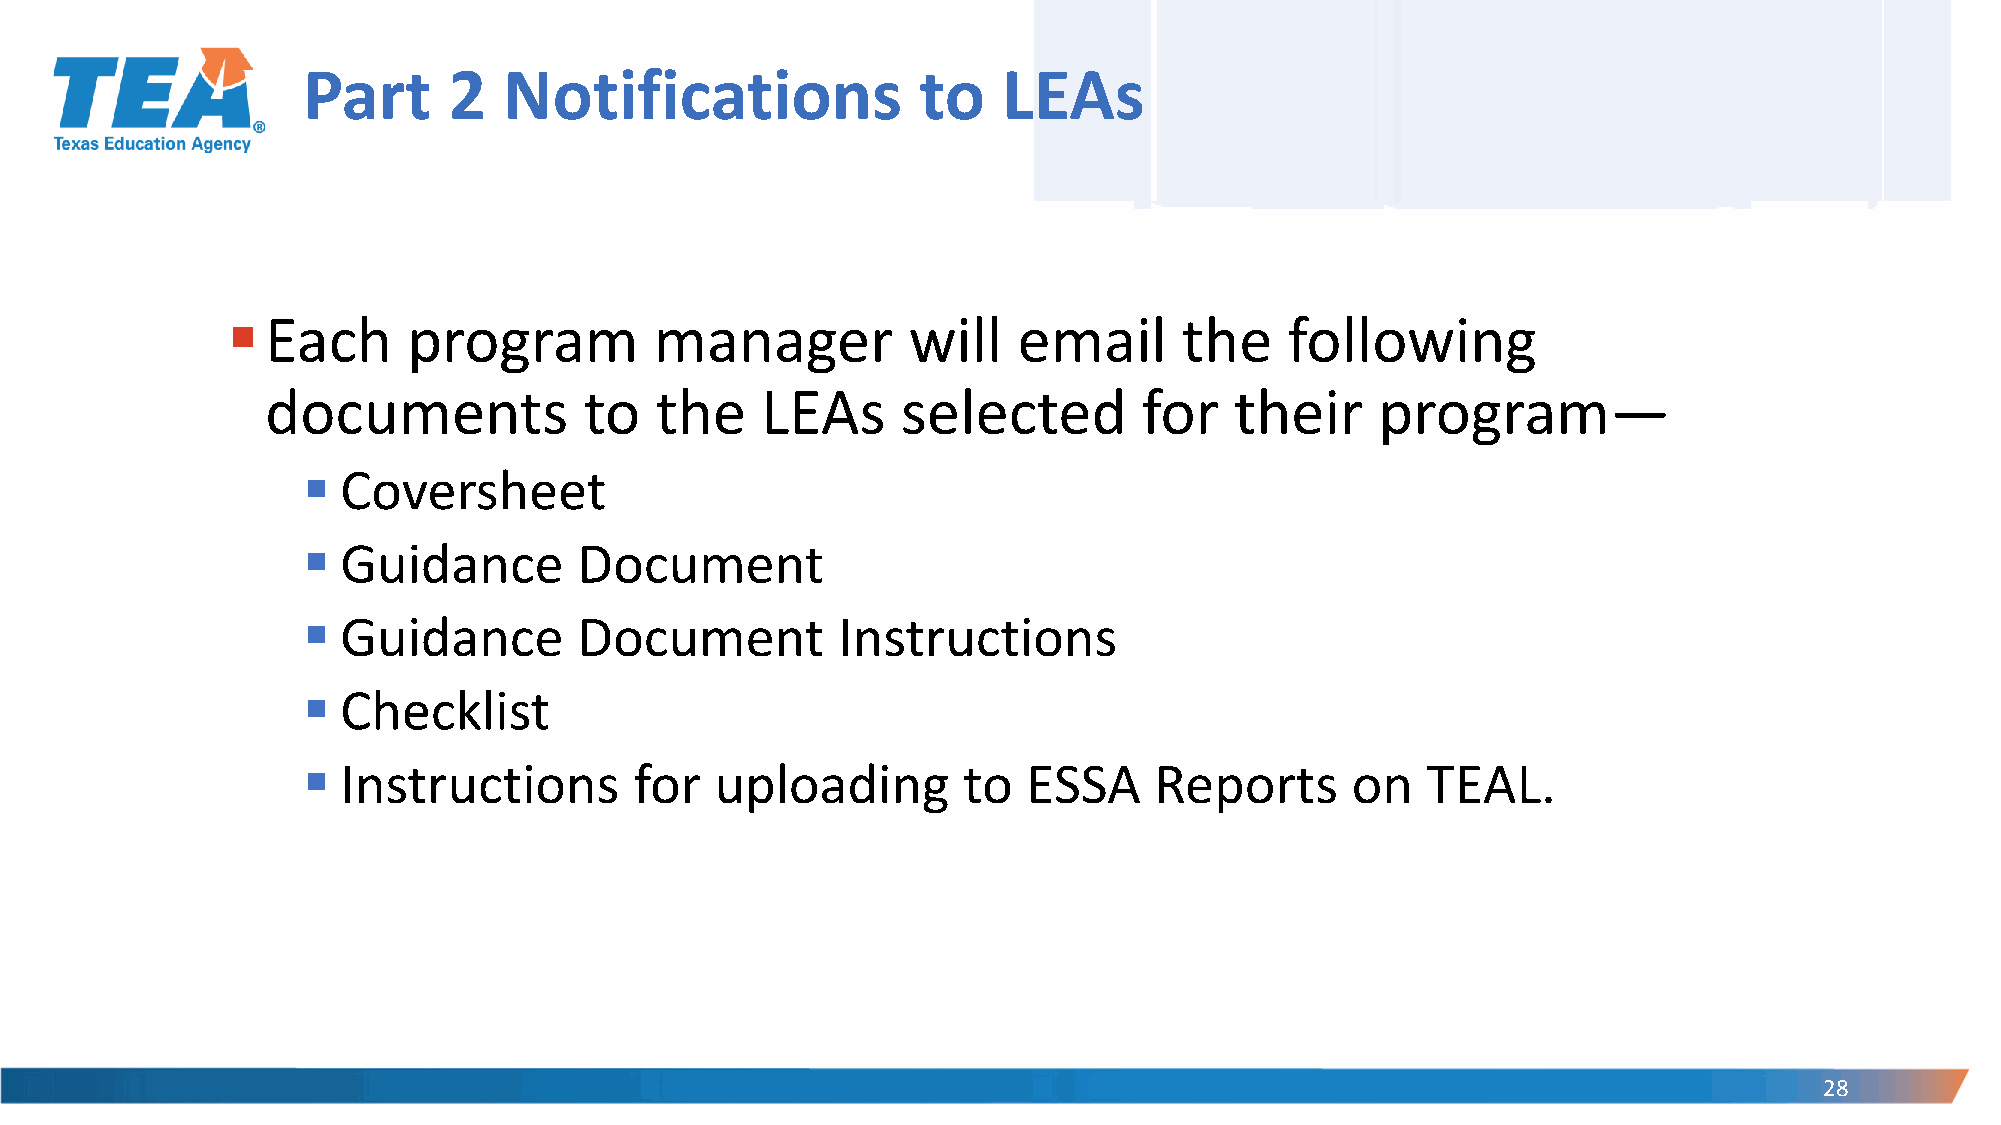
Part      2  Notifications               to   LEAs
 ▪  Each     program         manager          will   email      the    following
 documents            to  the    LEAs      selected        for   their    program—
 ▪  Coversheet
 ▪  Guidance       Document
 ▪  Guidance       Document         Instructions
 ▪  Checklist
 ▪  Instructions       for  uploading        to  ESSA    Reports      on   TEAL.
 28